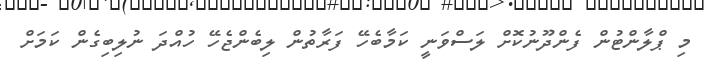
މި ޕްލާންޓުން ފެންދޫނުކޮށް ލަސްވަނީ ކަމާބެހޭ ފަރާތުން ލިބެންޖެހޭ ހުއްދަ ނުލިބިގެން ކަމަށް